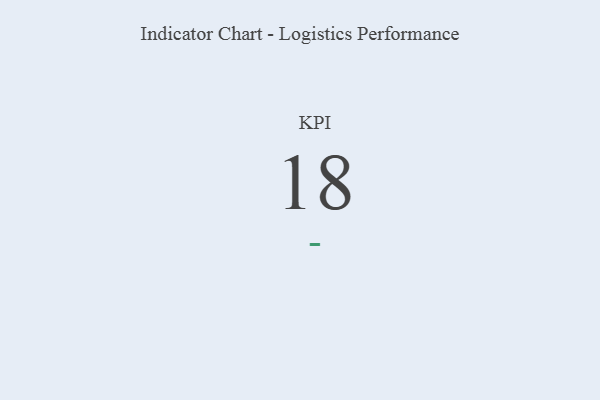
{"axis": {"x": "KPI", "y": "Value"}, "legend": [""], "data": [{"x": "KPI", "y": 18, "type": ""}]}